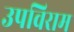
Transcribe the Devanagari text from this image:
उपविराम